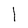
Character: l